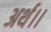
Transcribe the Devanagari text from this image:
अर्थ।।